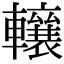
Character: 𨏛